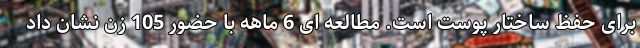
برای حفظ ساختار پوست است. مطالعه ای 6 ماهه با حضور 105 زن نشان داد